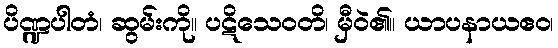
ပိဏ္ဍပါတံ၊ ဆွမ်းကို။ ပဋိသေဝတိ၊ မှီဝဲ၏။ ယာပနာယဧဝ၊